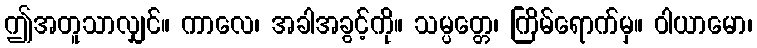
ဤအတူသာလျှင်။ ကာလေ၊ အခါအခွင့်ကို။ သမ္ပတ္တေ၊ ကြိမ်ရောက်မှ။ ဝါယာမော၊